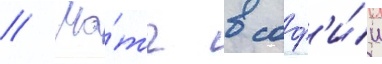
// Ма́тч в соф'и́и